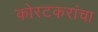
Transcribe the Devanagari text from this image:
कोरटकरांचा